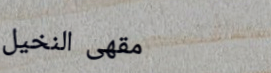
مقهى النخيل